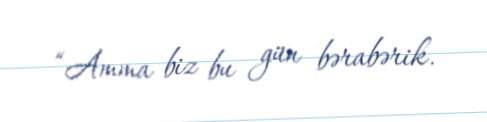
“Amma biz bu gün bərabərik.